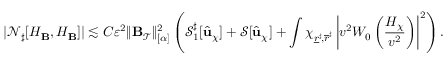
| \mathcal { N } _ { \sharp } [ H _ { { \bf B } } , H _ { { \bf B } } ] | \lesssim C \varepsilon ^ { 2 } \lVert \mathbf { B } _ { \mathcal { T } } \rVert _ { [ \alpha ] } ^ { 2 } \left( { \mathcal { S } _ { 1 } ^ { \sharp } } [ \widehat { \mathbf { u } } _ { \chi } ] + \mathcal { S } [ \widehat { \mathbf { u } } _ { \chi } ] + \int \chi _ { \underline { { r } } ^ { \sharp } \! , \overline { { r } } ^ { \sharp } } \left| v ^ { 2 } W _ { 0 } \left( \frac { H _ { \chi } } { v ^ { 2 } } \right) \right| ^ { 2 } \right) .